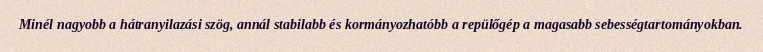
Minél nagyobb a hátranyilazási szög, annál stabilabb és kormányozhatóbb a repülőgép a magasabb sebességtartományokban.